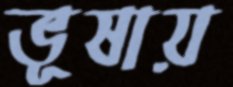
ভূষায়